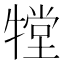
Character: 𤛋